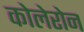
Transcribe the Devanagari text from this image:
कोलेरोन